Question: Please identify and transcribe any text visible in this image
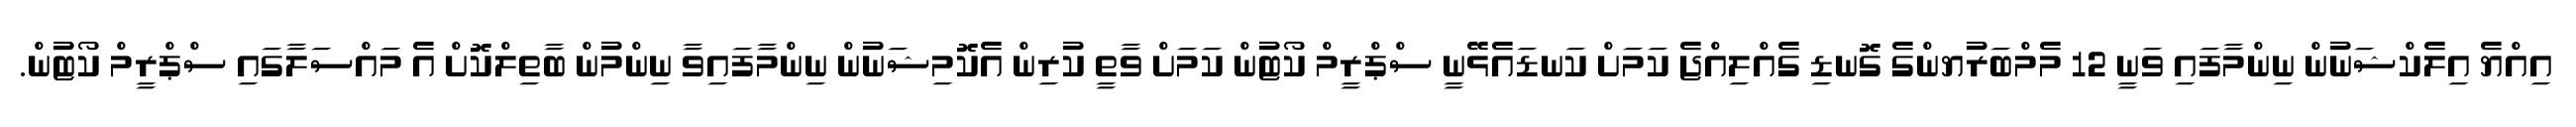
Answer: އިއްޔެ އިލެކްޝަނުން ނިންމާފައި ވަނީ 12 މެމްބަރުޔންގެ ގޮނޑި ގެއްލިއްޖެ ކަމަށް ކަނޑައެޅޭނީ ސްޕްރީމް ކޯޓުން ކަމަށް ވާތީ ކުރިން އެކޮމިޝަނުން ނިންމާފައިވާ ނިންމުން ބާތިލްކޮށް އެ މައްސަލާގައި ސްޕްރީމް ކޯޓުން.